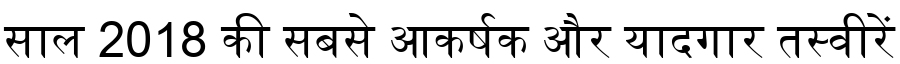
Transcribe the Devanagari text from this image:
साल 2018 की सबसे आकर्षक और यादगार तस्वीरें